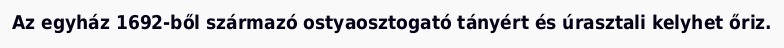
Az egyház 1692-ből származó ostyaosztogató tányért és úrasztali kelyhet őriz.